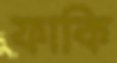
ফাকি